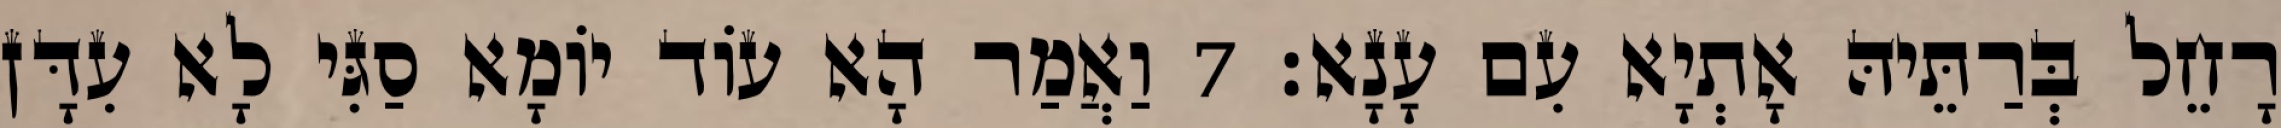
רָחֵל בְּרַתֵּיהּ אָתְיָא עִם עָנָא׃ 7 וַאֲמַר הָא עוֹד יוֹמָא סַגִּי לָא עִדָּן